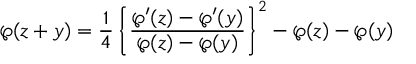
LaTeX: \wp ( z + y ) = { \frac { 1 } { 4 } } \left\{ { \frac { \wp ^ { \prime } ( z ) - \wp ^ { \prime } ( y ) } { \wp ( z ) - \wp ( y ) } } \right\} ^ { 2 } - \wp ( z ) - \wp ( y )